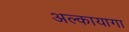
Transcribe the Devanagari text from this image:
अल्कायागा